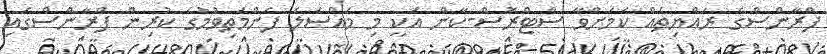
ފްރާންސްގެ ރައްޔިތެއް ކަމަށްވާ ސްޓްރޮސް-ކާން އަކީ މި މައްސަލަ ފެންމަތިވުމުގެ ކުރިން ފްރާންސްގައި